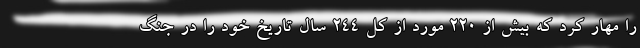
را مهار کرد که بیش از ۲۲۰ مورد از کل ۲۴۴ سال تاریخ خود را در جنگ